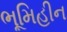
ભૂમિહીન